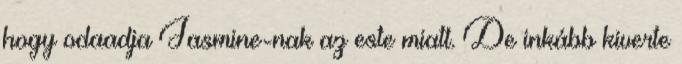
hogy odaadja Jasmine-nak az este miatt. De inkább kiverte